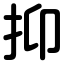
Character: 抑